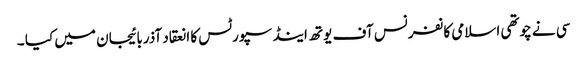
سی نے چوتھی اسلامی کانفرنس آف یوتھ اینڈ سپورٹس کا انعقاد آذربائیجان میں کیا ۔